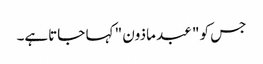
جس کو " عبد ماذون " کہا جاتاہے۔